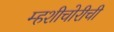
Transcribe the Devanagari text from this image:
म्हशीचोरीची